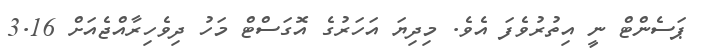
ޕަސެންޓް ނީ އިތުރުވެފަ އެވެ. މިދިޔަ އަހަރުގެ އޮގަސްޓް މަހު ދިވެހިރާއްޖެއަށް 3.16